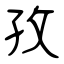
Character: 孜